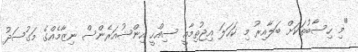
"މި ހިސާބުތަކަށް ބަލާއިރު މި ކަހަލަ އިޖުތިމާއީ ސިއްހީ އިންޝުއަރެންސް ނިޒާމެއްގެ މަގުސަދު